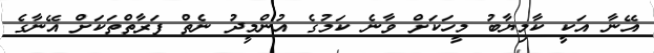
އޭނާ އަކީ ކާމިޔާބު މީހަކަށް ވާނެ ކަމުގެ އުންމީދު ނެތް ފަރާތްތަކަށް އޭނާގެ